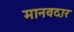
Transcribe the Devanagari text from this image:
मानवदार